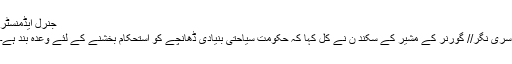
جنرل ایڈمنسٹر
سری نگر// گورنر کے مشیر کے سکند ن نے کل کہا کہ حکومت سیاحتی بنیادی ڈھانچے کو استحکام بخشنے کے لئے وعدہ بند ہے۔